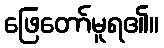
ဖြေတော်မူရ၏။